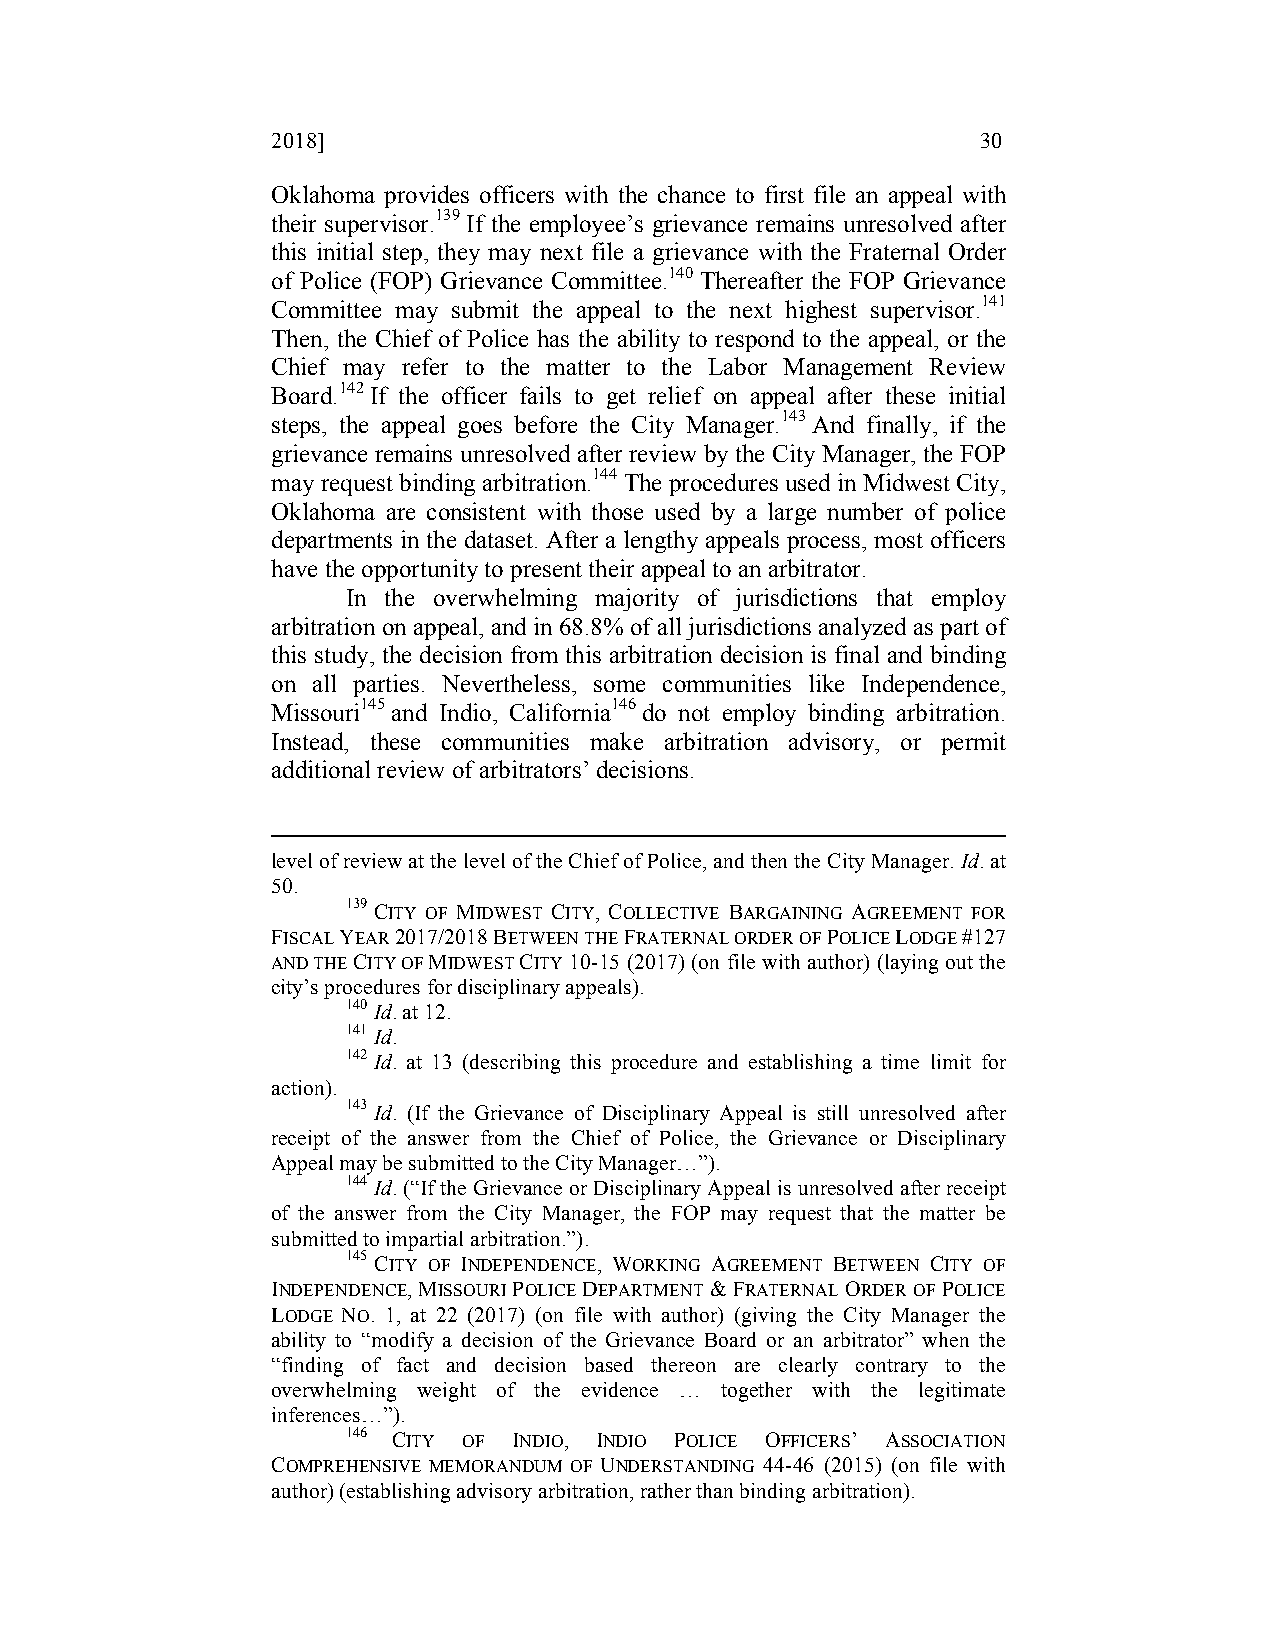
2018]                                          30
 Oklahoma provides officers with the chance to first file an appeal with
 their supervisor.139 If the employee’s grievance remains unresolved after
 this initial step, they may next file a grievance with the Fraternal Order
 of Police (FOP) Grievance Committee.140 Thereafter the FOP Grievance
 Committee may submit the appeal to the next highest supervisor.141
 Then, the Chief of Police has the ability to respond to the appeal, or the
 Chief may refer to the matter to the Labor Management Review
 Board.142 If the officer fails to get relief on appeal after these initial
 steps, the appeal goes before the City Manager.143 And finally, if the
 grievance remains unresolved after review by the City Manager, the FOP
 may request binding arbitration.144 The procedures used in Midwest City,
 Oklahoma are consistent with those used by a large number of police
 departments in the dataset. After a lengthy appeals process, most officers
 have the opportunity to present their appeal to an arbitrator.
 In the overwhelming majority of jurisdictions that employ
 arbitration on appeal, and in 68.8% of all jurisdictions analyzed as part of
 this study, the decision from this arbitration decision is final and binding
 on all parties. Nevertheless, some communities like Independence,
 Missouri145 and Indio, California146 do not employ binding arbitration.
 Instead, these communities make arbitration advisory, or permit
 additional review of arbitrators’ decisions.
 level of review at the level of the Chief of Police, and then the City Manager. Id. at
 50.
 139 CITY OF MIDWEST CITY, COLLECTIVE BARGAINING AGREEMENT FOR
 FISCAL YEAR 2017/2018 BETWEEN THE FRATERNAL ORDER OF POLICE LODGE #127
 AND THE CITY OF MIDWEST CITY 10-15 (2017) (on file with author) (laying out the
 city’s procedures for disciplinary appeals).
 140 Id. at 12.
 141 Id.
 142 Id. at 13 (describing this procedure and establishing a time limit for
 action).
 143 Id. (If the Grievance of Disciplinary Appeal is still unresolved after
 receipt of the answer from the Chief of Police, the Grievance or Disciplinary
 Appeal may be submitted to the City Manager…”).
 144 Id. (“If the Grievance or Disciplinary Appeal is unresolved after receipt
 of the answer from the City Manager, the FOP may request that the matter be
 submitted to impartial arbitration.”).
 145 CITY OF INDEPENDENCE, WORKING AGREEMENT BETWEEN CITY OF
 INDEPENDENCE, MISSOURI POLICE DEPARTMENT & FRATERNAL ORDER OF POLICE
 LODGE NO. 1, at 22 (2017) (on file with author) (giving the City Manager the
 ability to “modify a decision of the Grievance Board or an arbitrator” when the
 “finding of fact and decision based thereon are clearly contrary to the
 overwhelming weight of the evidence … together with the legitimate
 inferences…”).
 146 CITY OF INDIO, INDIO POLICE OFFICERS’ ASSOCIATION
 COMPREHENSIVE MEMORANDUM OF UNDERSTANDING 44-46 (2015) (on file with
 author) (establishing advisory arbitration, rather than binding arbitration).